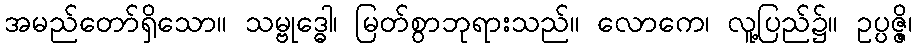
အမည်တော်ရှိသော။ သမ္ဗုဒ္ဓေါ၊ မြတ်စွာဘုရားသည်။ လောကေ၊ လူ့ပြည်၌။ ဥပ္ပဇ္ဇိ၊